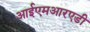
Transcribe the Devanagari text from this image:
आईएमआरएडी